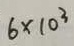
6 \times 1 0 ^ { 3 }